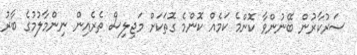
ސަރުކާރުން ބޭނުންވާ ކޮންމެ ކަމެއް ކޮންމެ ގޮތަކަށް މަޖިލިސް ތެރެއިން ނިންމާލުމުގެ ބާރު